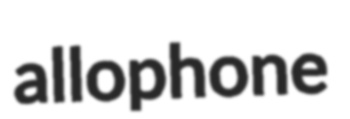
allophone